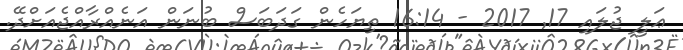
ޢަލީ ޖުލައި 17